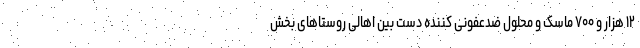
۱۲ هزار و ۷۰۰ ماسک و محلول ضدعفونی کننده دست بین اهالی روستاهای بخش